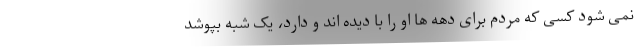
نمی شود کسی که مردم برای دهه ها او را با دیده اند و دارد، یک شبه بپوشد